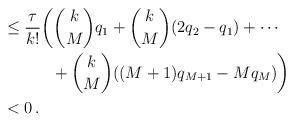
LaTeX: \begin{align*}&\le \frac{\tau}{k!} \bigg( \binom{k}{M}q_1 + \binom{k}{M}(2q_2-q_1) + \cdots \\&\qquad\quad+ \binom{k}{M}((M+1)q_{M+1}-Mq_M) \bigg)\\&<0\,.\end{align*}